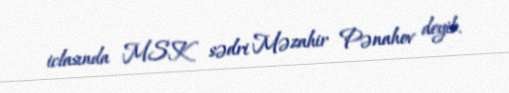
iclasında MSK sədri Məzahir Pənahov deyib.